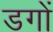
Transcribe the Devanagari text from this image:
डगों